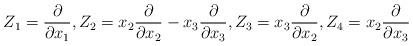
LaTeX: \begin{align*}Z_{1}=\frac{\partial}{\partial x_{1}},Z_{2}=x_{2}\frac{\partial}{\partial x_{2}}-x_{3}\frac{\partial}{\partial x_{3}},Z_{3}=x_{3}\frac{\partial}{\partial x_{2}},Z_{4}=x_{2}\frac{\partial}{\partial x_{3}}\end{align*}